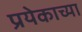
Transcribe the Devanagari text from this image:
प्रयेकाच्या